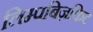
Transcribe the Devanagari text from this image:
लिम्पबिज़किट